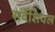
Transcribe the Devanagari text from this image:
सर्वेशियल